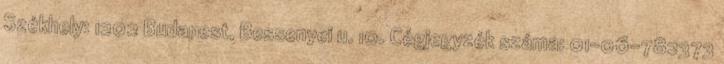
Székhely: 1202 Budapest, Bessenyei u. 10. Cégjegyzék száma: 01-06-782373